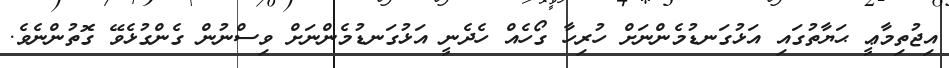
އިޖުތިމާޢީ ޙަޔާތުގައި އަޅުގަނޑުމެންނަށް ހުރިހާ ގޯހެއް ހެދެނީ އަޅުގަނޑުމެންނަށް ވިސްނުން ގެންގުޅެވޭ ގޮތުންނެވެ.